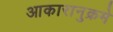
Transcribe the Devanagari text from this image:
आकारानुक्रमे